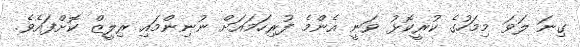
ގިނަ ލަވަ މިމަހުގެ ކުރީކޮޅު ވަނީ އެންމެ ފުރިހަމައަށް ނުނިންމައި ރިލީޒް ކޮށްފައެވެ.